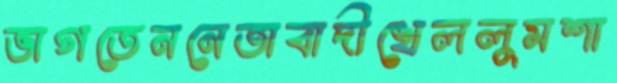
ভাগতেননেতাবাদীখেললুমশা